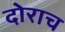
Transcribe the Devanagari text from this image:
दोराच